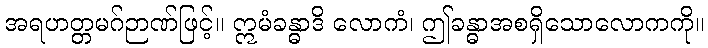
အရဟတ္တမဂ်ဉာဏ်ဖြင့်။ ဣမံခန္ဓာဒိ လောကံ၊ ဤခန္ဓာအစရှိသောလောကကို။